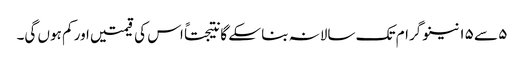
٥ سے ١٥ نینو گرام تک سالانہ بنا سکے گا نتیجتاً اس کی قیمتیں اور کم ہوں گی۔